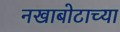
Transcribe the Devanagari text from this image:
नखाबोटाच्या